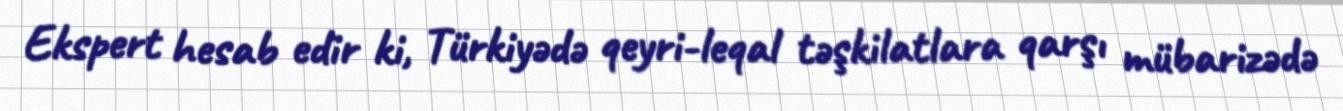
Ekspert hesab edir ki, Türkiyədə qeyri-leqal təşkilatlara qarşı mübarizədə